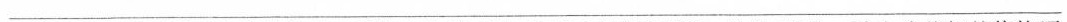
___